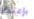
بإعتذار